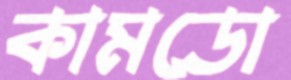
কামডো